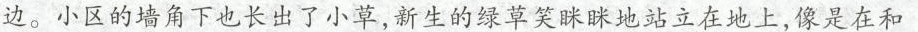
边。小区的墙角下也长出了小草，新生的绿草笑眯眯地站立在地上，像是在和